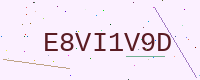
Text: E8VI1V9D